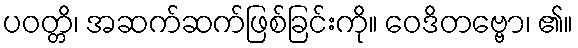
ပဝတ္တိ၊ အဆက်ဆက်ဖြစ်ခြင်းကို။ ဝေဒိတဗ္ဗော၊ ၏။